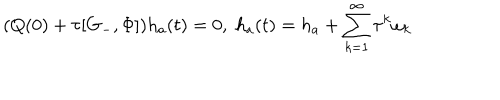
LaTeX: ( Q ( 0 ) + \tau [ G _ { - } , \Phi ] ) h _ { a } ( t ) = 0 , \; h _ { a } ( t ) = h _ { a } + \sum _ { k = 1 } ^ { \infty } \tau ^ { k } \omega _ { k }